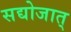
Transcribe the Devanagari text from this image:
सद्योजात्